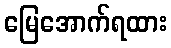
မြေအောက်ရထား